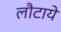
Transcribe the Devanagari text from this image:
लौटाये